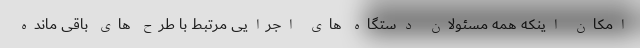
امکان اینکه همه مسئولان دستگاه های اجرایی مرتبط با طرح های باقی مانده